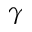
\gamma